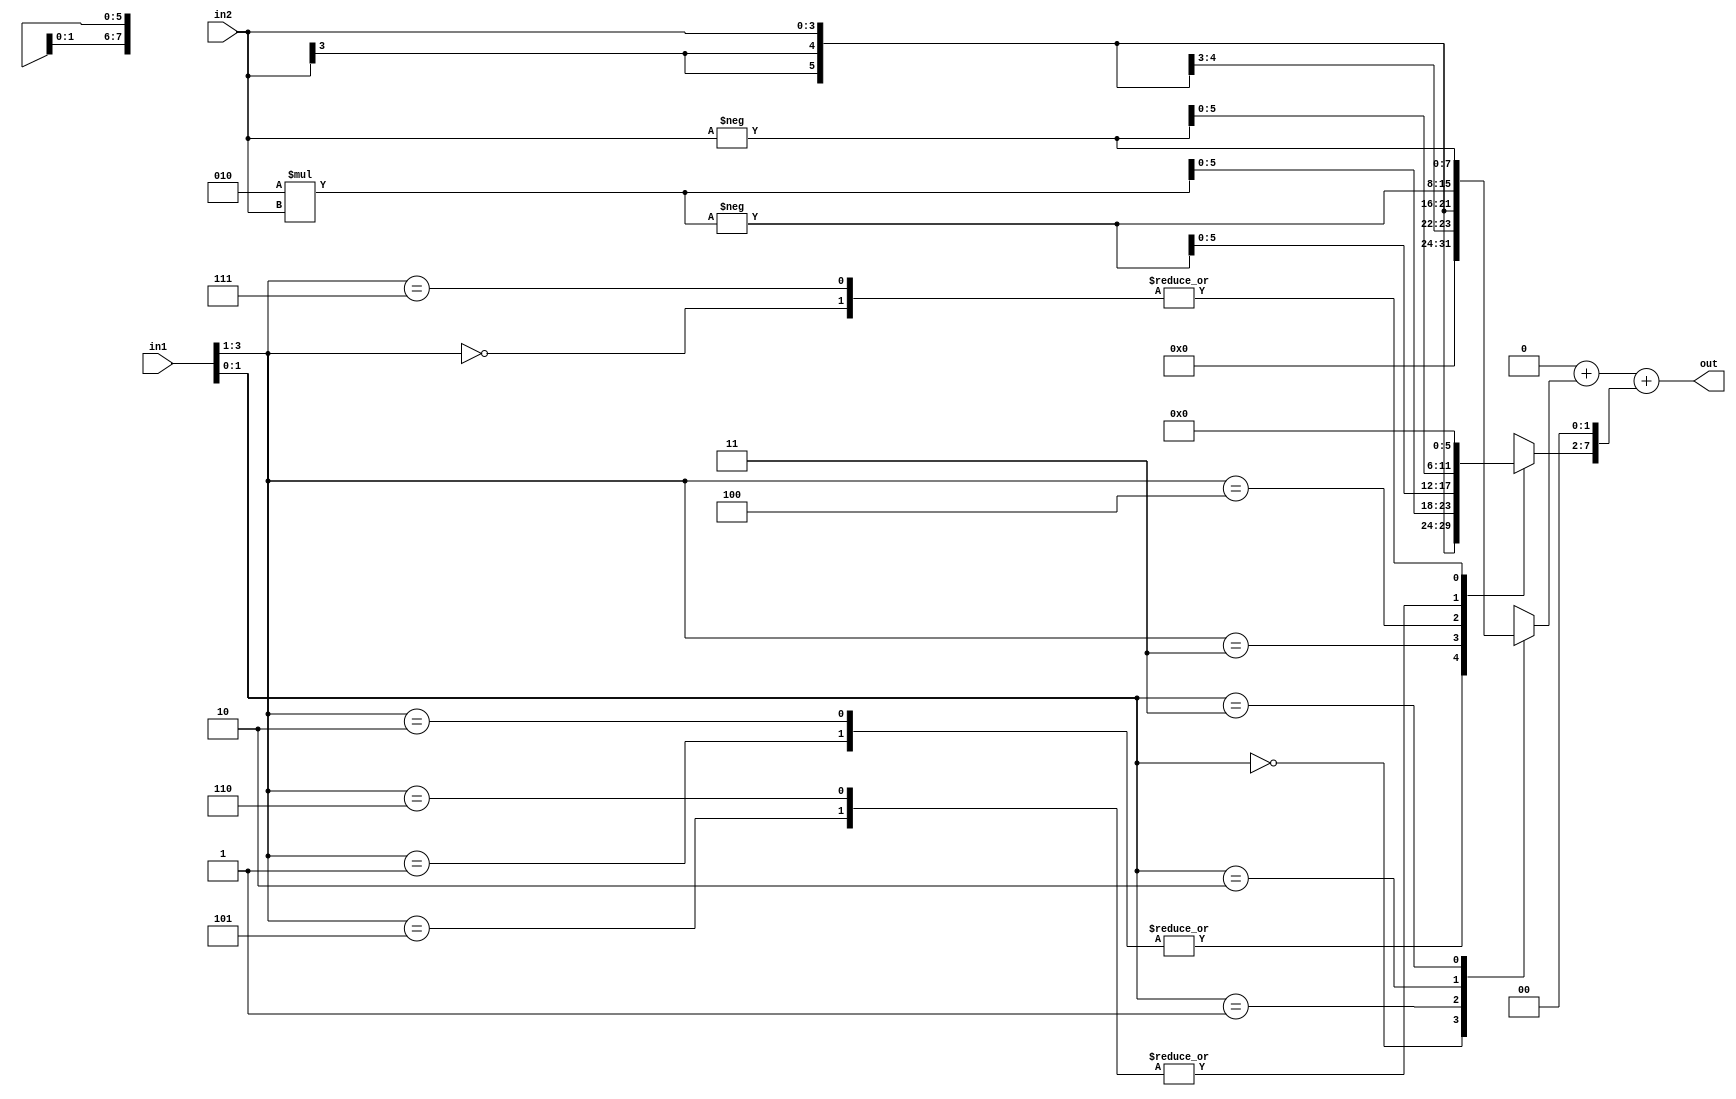
module mult_bth_app_signed( out, in1, in2 );
  parameter wl = 4, vbl = 0;
  output reg signed [wl*2-1:0] out;
  input signed [wl-1:0] in1, in2;
  //                    x, y
  
  function signed [wl*2-1:0] pp_generator;
    input [2:0] part_x;
    input signed [wl-1:0] y;  
    begin
      case( part_x )
        'b000: pp_generator = 0;
        'b001: pp_generator = y;
        'b010: pp_generator = y;
        'b011: pp_generator = 2*y;
        'b100: pp_generator = -(2*y);
        'b101: pp_generator = -y;
        'b110: pp_generator = -y;
        'b111: pp_generator = 0;
      endcase
    end
  endfunction
  
  reg [wl*2-1:0] pp [0:wl/2-1];
  reg [2:0] part_x;
  integer i, j;
  
  always @*
  begin
    pp[0] = pp_generator( {in1[1], in1[0], 1'b0}, in2 ); 
    for( i = 1; i <= wl/2-1; i = i + 1 )
    begin
      part_x[0] = in1[i*2-1]; part_x[1] = in1[i*2]; part_x[2] = in1[i*2+1];
      pp[i] = pp_generator( part_x, in2 ) << 2*i;
    end
    
    for( i = 0; i <= wl/2-1; i = i + 1 )
      for( j = 0; j <= vbl - 1; j = j + 1 )
        pp[i][j] = 1'b0;
  end
  
  always @*
  begin
    out = 0;
    for( i = 0; i <= wl/2-1; i = i + 1 )
      out = out + pp[i];
  end
endmodule